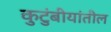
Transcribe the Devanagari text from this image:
कुटुंबीयांतील